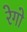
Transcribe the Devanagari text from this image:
रेगो